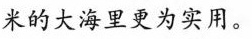
米的大海里更为实用。